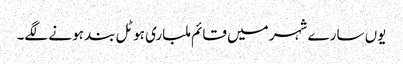
یوں سارے شہر میں قائم ملباری ہوٹل بند ہونے لگے۔